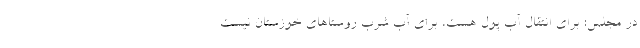
در مجلس: برای انتقال آب پول هست، برای آب شرب روستاهای خوزستان نیست